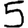
Digit: 5